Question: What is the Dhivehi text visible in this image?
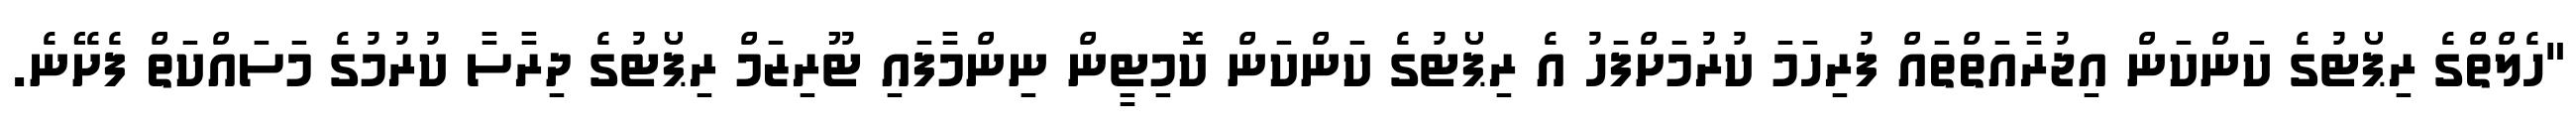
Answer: "ހެލްތްގެ ރިޕޯޓުގެ ކަންކަން އިޖުރާއަތްތައް ފުރިހަމަ ކުރުމަށްފަހު އެ ރިޕޯޓުގެ ކަންކަން ކޮމިޓީން ނިންމާފައި ޓޫރިޒަމް ރިޕޯޓުގެ ދިރާސާ ކުރުމުގެ މަސައްކަތް ފެށޭނެ.